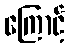
ကြောင့်